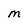
Character: M